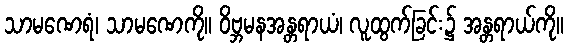
သာမဏေရံ၊ သာမဏေကို။ ဝိဗ္ဘမနအန္တရာယံ၊ လူထွက်ခြင်း၌ အန္တရာယ်ကို။